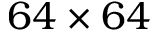
6 4 \times 6 4